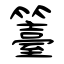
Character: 籉